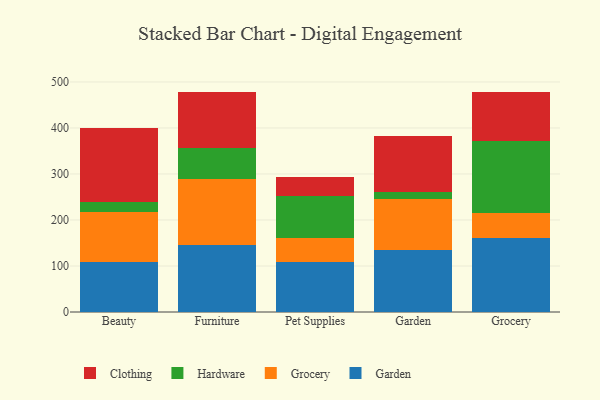
{"axis": {"x": "Category", "y": "Customer Acquisition Cost (USD)"}, "legend": ["Clothing", "Garden", "Grocery", "Hardware"], "data": [{"x": "Beauty", "y": 107.7, "type": "Garden"}, {"x": "Beauty", "y": 110.3, "type": "Grocery"}, {"x": "Beauty", "y": 20.4, "type": "Hardware"}, {"x": "Beauty", "y": 160.7, "type": "Clothing"}, {"x": "Furniture", "y": 145.9, "type": "Garden"}, {"x": "Furniture", "y": 142.7, "type": "Grocery"}, {"x": "Furniture", "y": 68.1, "type": "Hardware"}, {"x": "Furniture", "y": 122.3, "type": "Clothing"}, {"x": "Pet Supplies", "y": 108.3, "type": "Garden"}, {"x": "Pet Supplies", "y": 51.7, "type": "Grocery"}, {"x": "Pet Supplies", "y": 92.6, "type": "Hardware"}, {"x": "Pet Supplies", "y": 41.2, "type": "Clothing"}, {"x": "Garden", "y": 133.7, "type": "Garden"}, {"x": "Garden", "y": 111.6, "type": "Grocery"}, {"x": "Garden", "y": 16.4, "type": "Hardware"}, {"x": "Garden", "y": 120.9, "type": "Clothing"}, {"x": "Grocery", "y": 161.2, "type": "Garden"}, {"x": "Grocery", "y": 54.8, "type": "Grocery"}, {"x": "Grocery", "y": 156.7, "type": "Hardware"}, {"x": "Grocery", "y": 104.5, "type": "Clothing"}]}